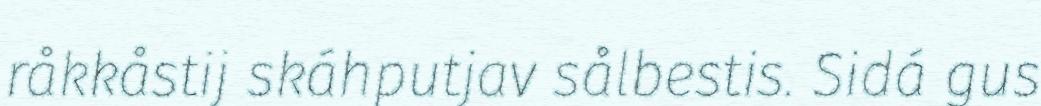
råkkåstij skáhputjav sålbestis. Sidá gus